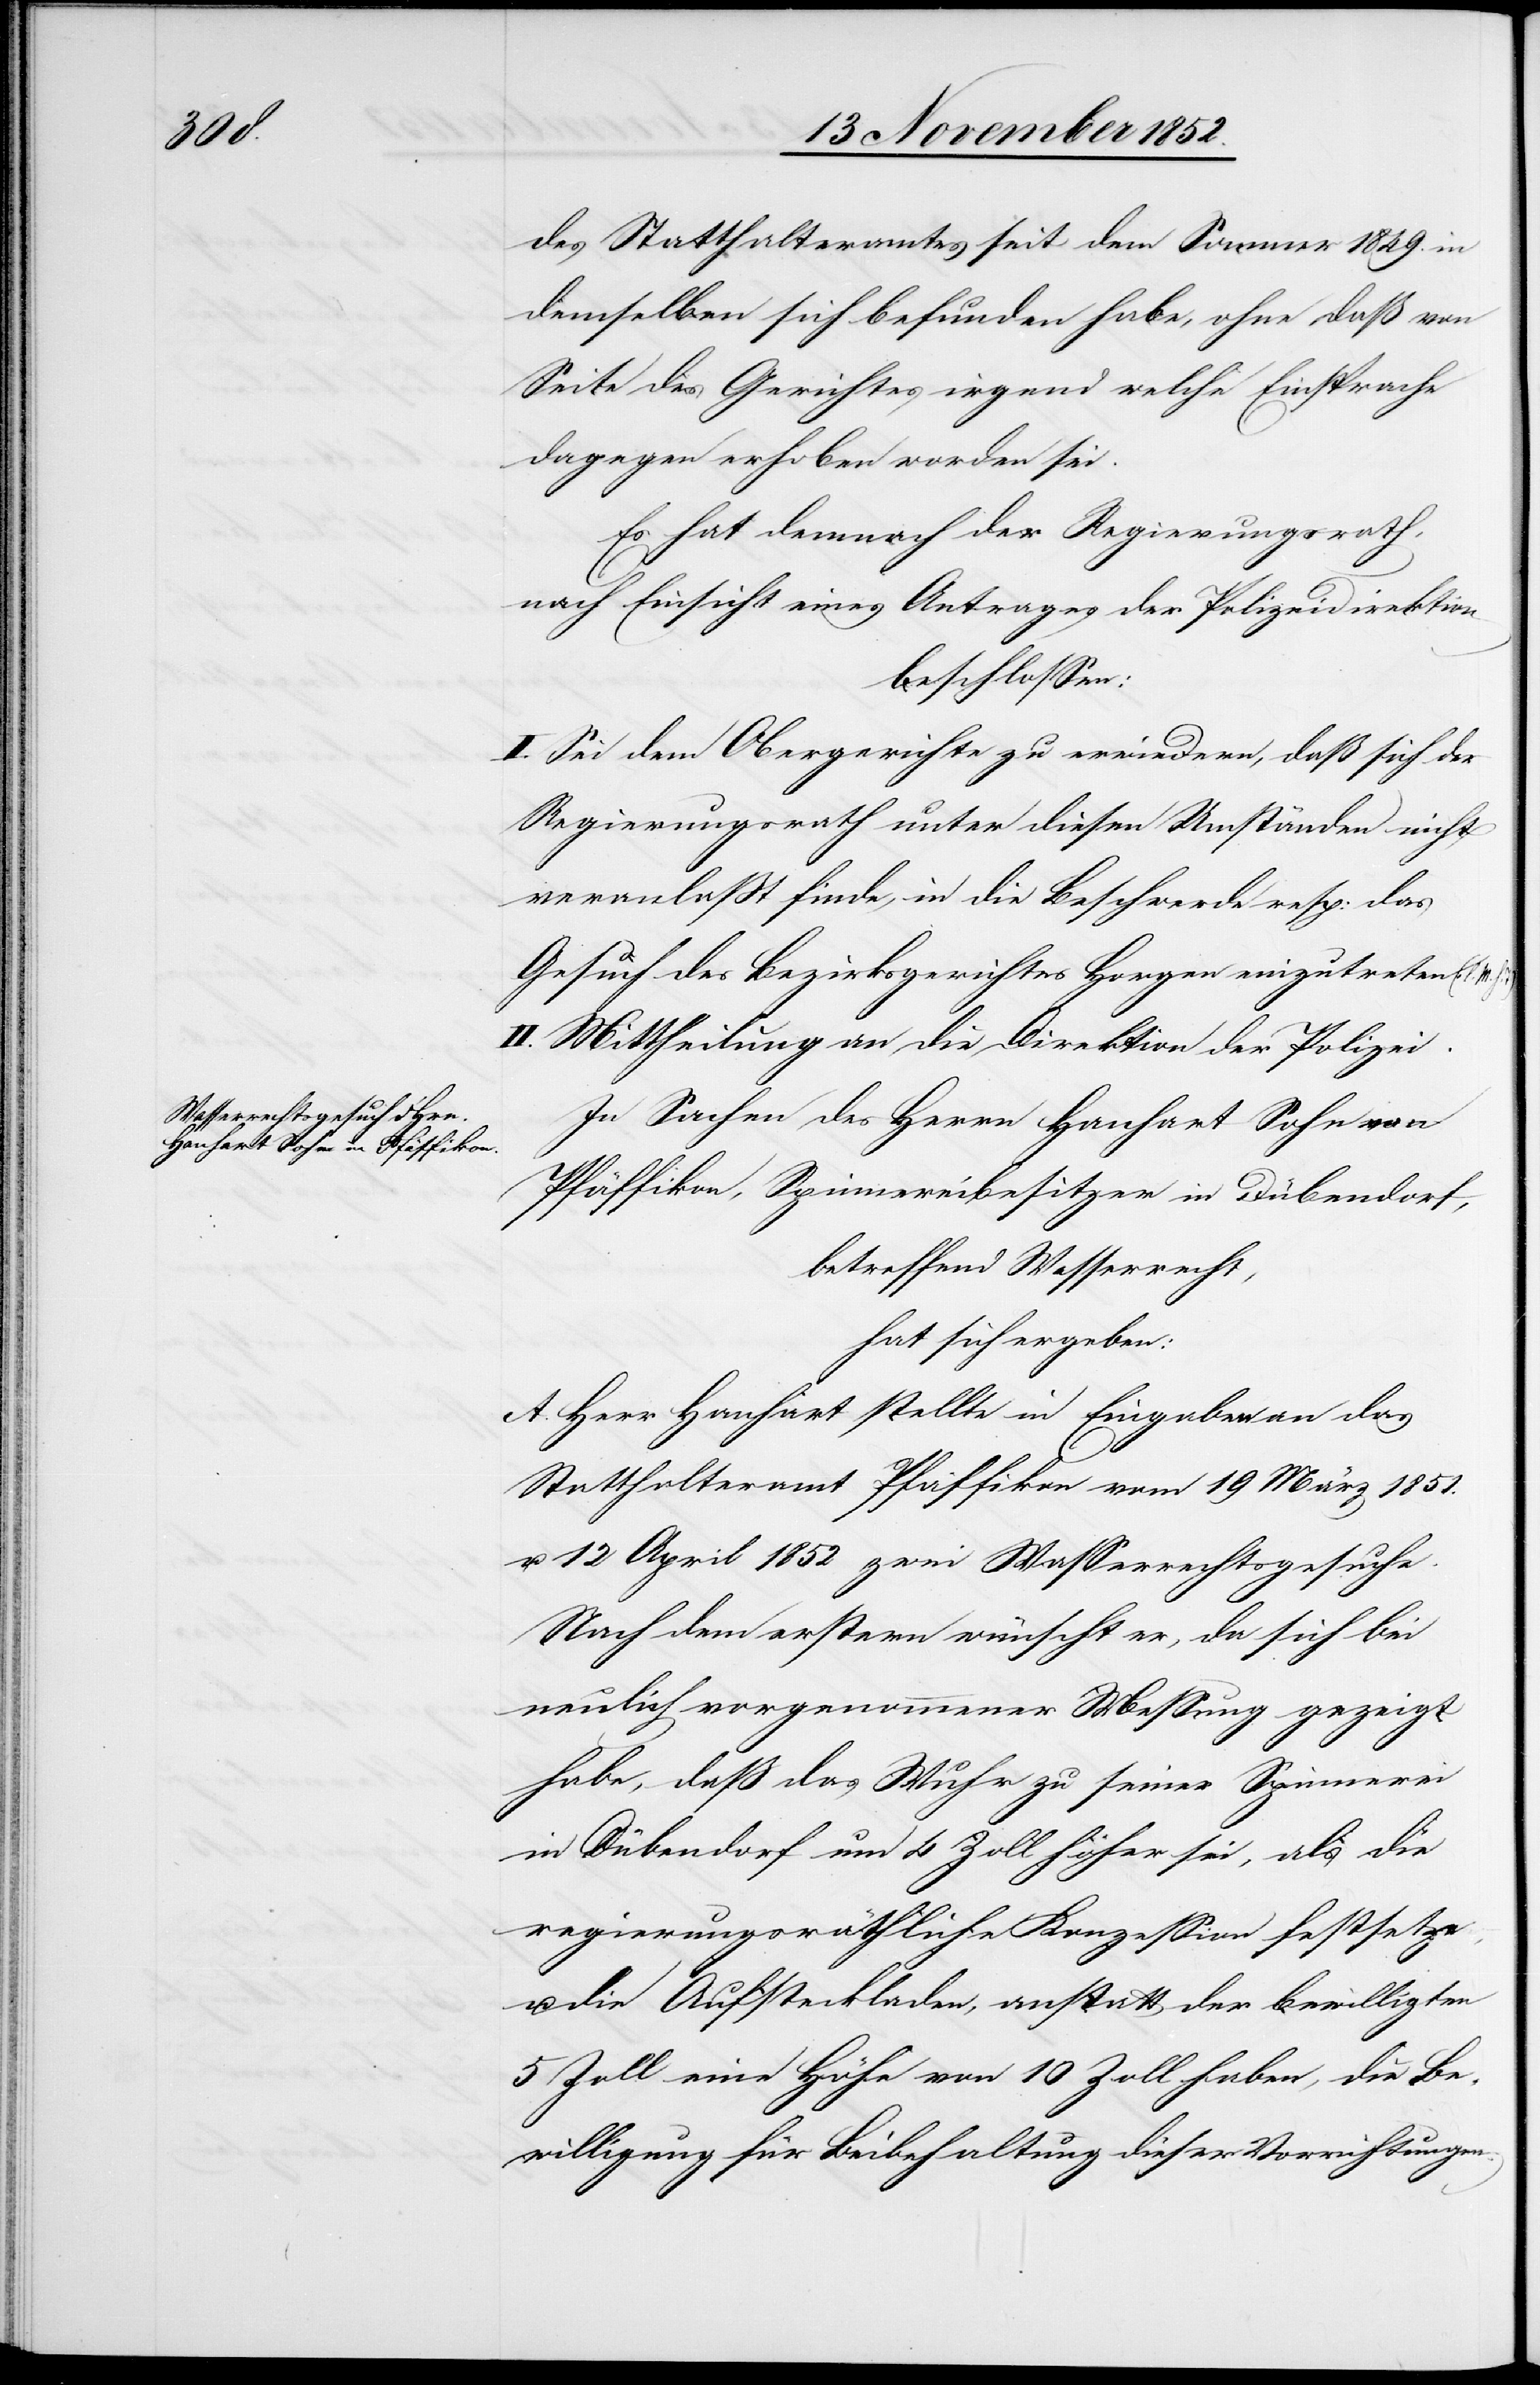
des Statthalteramtes seit dem Sommer 1849. in
demselben sich befunden habe, ohne daß von
Seite des Gerichtes irgend welche Einsprache
dagegen erhoben worden sei.
Es hat demnach der Regierungsrath,
nach Einsicht eines Antrages der Polizeidirektion
beschlossen:
I. Sei dem Obergerichte zu erwiedern, daß sich der
Regierungsrath unter diesen Umständen nicht
veranlaßt finde, in die Beschwerde resp: das
Gesuch des Bezirksgerichtes Horgen einzutreten (l.
II. Mittheilung an die Direktion der Polizei.
In Sachen des Herrn Hanhart Sohn von
Pfäffikon, Spinnereibesitzer in Dübendorf,
betreffend Wasserrecht,
hat sich ergeben:
A. Herr Hanhart stellte in Eingaben an das
Statthalteramt Pfäffikon vom 19 März 1851.
u. 12 April 1852 zwei Wasserrechtsgesuche.
Nach dem erstern wünscht er, da sich bei
neulich vorgenommener Messung gezeigt
habe, daß das Wuhr zu seiner Spinnerei
in Dübendorf um 4 Zoll höher sei, als die
regierungsräthliche Konzession festsetze,
u. die Aufsteckladen, anstatt der bewilligten
5 Zoll eine Höhe von 10 Zoll haben, die Be¬
willigung für Beibehaltung dieser Vorrichtungen.